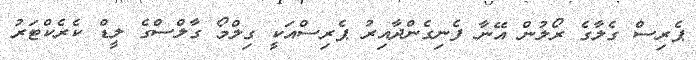
ޕެރިސް ގެލާގެ ރޯލުން އޭނާ ފެނިގެންދާއިރު ޕެރިސްއަކީ ގިލްމޯ ގާލްސްގެ ލީޑް ކެރެކްޓަރު